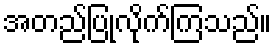
အတည်ပြုလိုက်ကြသည်။